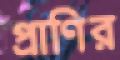
প্রাণির